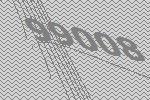
99008